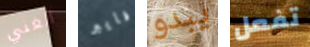
الغني فايبر يبدو تفعل